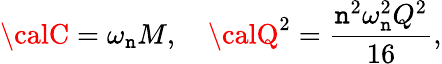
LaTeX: {\calC}=\omega_{\mathtt{n}}M,\ \ \ \ {\calQ}^{2}=\frac{{\mathtt{n}^{2}\omega_{\mathtt{n}}^{2}Q^{2}}}{{16}},